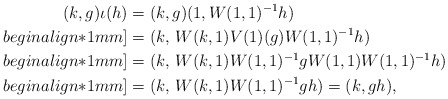
\begin{align*}(k, g) \iota(h) & = (k, g) (1, W(1, 1)^{-1} h)\\begin{align*}1mm]& = (k,\, W(k, 1) V(1)(g) W(1, 1)^{-1} h)\\begin{align*}1mm]& = (k, \,W(k, 1) W(1, 1)^{-1} g W(1, 1) W(1, 1)^{-1} h)\\begin{align*}1mm]& = (k,\, W(k, 1) W(1, 1)^{-1} g h) = (k, g h), \end{align*}